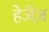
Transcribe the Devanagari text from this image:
हेजेज़